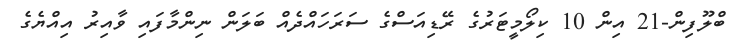
ބްލޫފިން-21 އިން 10 ކިލޯމީޓަރުގެ ރޭޑިއަސްގެ ސަރަހައްދެއް ބަލަން ނިންމާފައި ވާއިރު އިއްޔެގެ